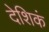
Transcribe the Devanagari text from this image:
देशिकं